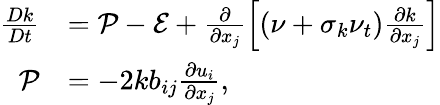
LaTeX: \begin{array}{rl}{\frac{Dk}{Dt}}&{=\mathcal{P}-\mathcal{E}+\frac{\partial}{\partial x_{j}}\left[\left(\nu+\sigma_{k}\nu_{t}\right)\frac{\partial k}{\partial x_{j}}\right]}\\ {\mathcal{P}}&{={-2k}b_{ij}\frac{\partial u_{i}}{\partial x_{j}}\mathrm{,}}\end{array}